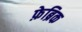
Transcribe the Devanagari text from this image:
फ़ेब्रिक